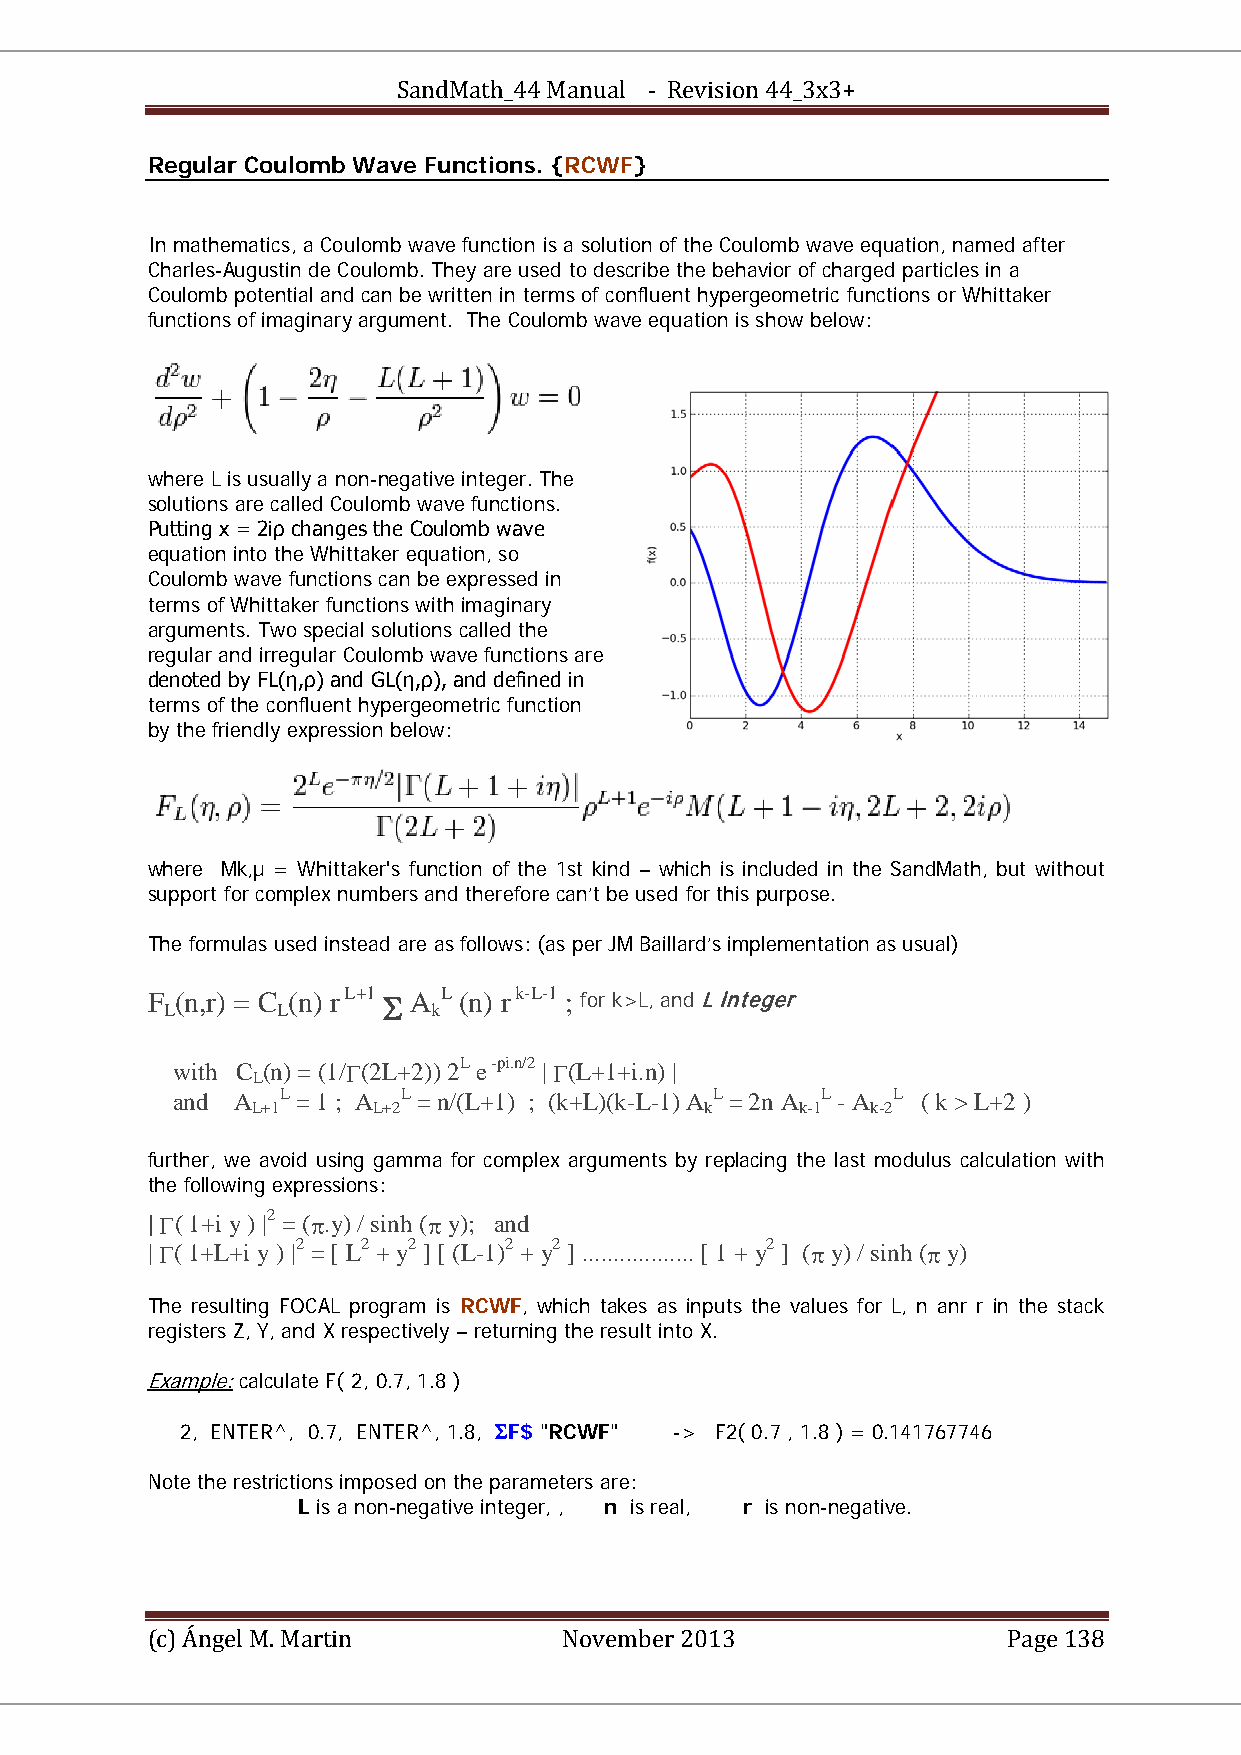
SandMath_44 Manual - Revision 44_3x3+
 Regular Coulomb Wave Functions. {RCWF}
 In mathematics, a Coulomb wave function is a solution of the Coulomb wave equation, named after
 Charles-Augustin de Coulomb. They are used to describe the behavior of charged particles in a
 Coulomb potential and can be written in terms of confluent hypergeometric functions or Whittaker
 functions of imaginary argument. The Coulomb wave equation is show below:
 where L is usually a non-negative integer. The
 solutions are called Coulomb wave functions.
 Putting x = 2iρ changes the Coulomb wave
 equation into the Whittaker equation, so
 Coulomb wave functions can be expressed in
 terms of Whittaker functions with imaginary
 arguments. Two special solutions called the
 regular and irregular Coulomb wave functions are
 denoted by FL(η,ρ) and GL(η,ρ), and defined in
 terms of the confluent hypergeometric function
 by the friendly expression below:
 where Mk,µ = Whittaker's function of the 1st kind – which is included in the SandMath, but without
 support for complex numbers and therefore can’t be used for this purpose.
 The formulas used instead are as follows: (as per JM Baillard’s implementation as usual)
 F (n,r) = C (n) r L+1 Σ A L (n) r k-L-1 ; for k>L, and L integer
 L      L          k
 with C (n) = (1/Γ(2L+2)) 2L e -pi.n/2 | Γ(L+1+i.n) |
 L
 and A   L = 1 ; A L = n/(L+1) ; (k+L)(k-L-1) A L = 2n A L - A L ( k > L+2 )
 L+1     L+2                   k     k-1  k-2
 further, we avoid using gamma for complex arguments by replacing the last modulus calculation with
 the following expressions:
 | Γ( 1+i y ) |2 = (π.y) / sinh (π y); and
 | Γ( 1+L+i y ) |2 = [ L2 + y2 ] [ (L-1)2 + y2 ] .................. [ 1 + y2 ] (π y) / sinh (π y)
 The resulting FOCAL program is RCWF, which takes as inputs the values for L, n anr r in the stack
 registers Z, Y, and X respectively – returning the result into X.
 Example: calculate F( 2, 0.7, 1.8 )
 2, ENTER^, 0.7, ENTER^, 1.8, ΣF$ "RCWF" -> F2( 0.7 , 1.8 ) = 0.141767746
 Note the restrictions imposed on the parameters are:
 L is a non-negative integer, , n is real, r is non-negative.
 (c) Ángel M. Martin        November 2013                 Page 138